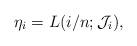
LaTeX: \begin{align*} \eta_i = L(i/n; \mathcal J_i),\end{align*}